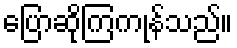
ပြောဆိုကြကုန်သည်။